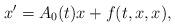
LaTeX: \begin{align*}x'=A_{0}(t)x+f(t,x,x),\end{align*}